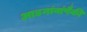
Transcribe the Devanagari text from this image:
आडनांवांपैकी